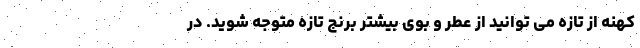
کهنه از تازه می توانید از عطر و بوی بیشتر برنج تازه متوجه شوید. در